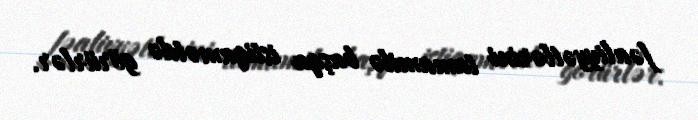
fəaliyyətlərini tamamilə başqa istiqamətdə görürlər.